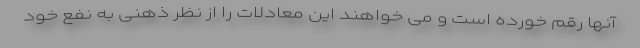
آنها رقم خورده است و می خواهند این معادلات را از نظر ذهنی به نفع خود